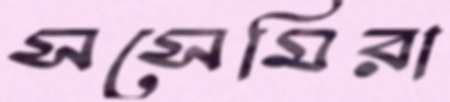
সসেমিরা